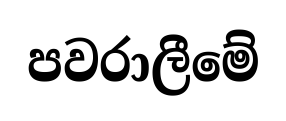
පවරාලීමේ